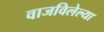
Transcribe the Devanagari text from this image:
वाजविलेल्या